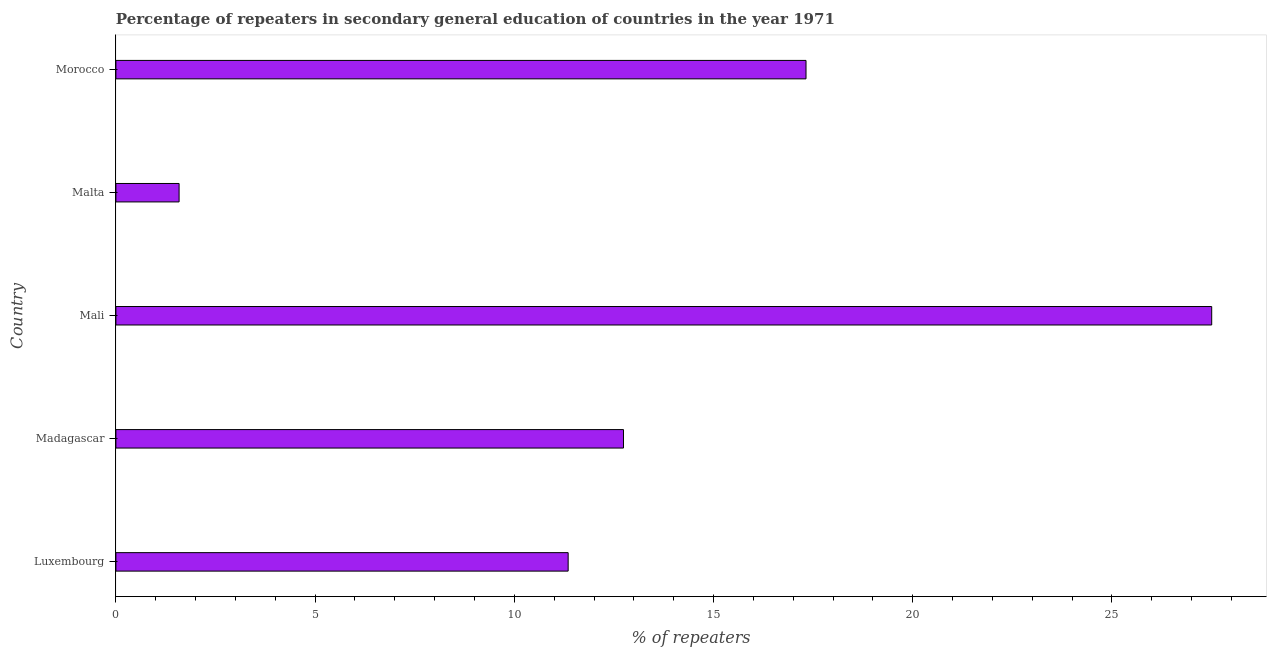
| Country | Percentage of repeaters |
 | --- | --- |
 | Luxembourg | 11.4 |
 | Madagascar | 12.7 |
 | Mali | 27.5 |
 | Malta | 1.59 |
 | Morocco | 17.3 |